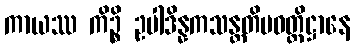
ကာယဿ ကိဉ္စိ ဥပါဒိန္နကသန္တတိပဝတ္တိဋ္ဌာနေ